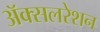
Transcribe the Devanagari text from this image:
अॅक्सलरेशन